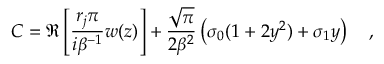
C = \Re \left[ \frac { r _ { j } \pi } { i \beta ^ { - 1 } } w ( z ) \right] + \frac { \sqrt { \pi } } { 2 \beta ^ { 2 } } \left( \sigma _ { 0 } ( 1 + 2 y ^ { 2 } ) + \sigma _ { 1 } y \right) \quad ,